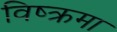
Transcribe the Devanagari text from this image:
विष्क्रमा